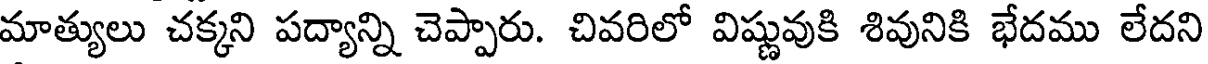
మాత్యులు చక్కని పద్యాన్ని చెప్పారు. చివరిలో విష్ణువుకి శివునికి భేదము లేదని